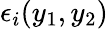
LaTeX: \epsilon_{i}(y_{1},y_{2})